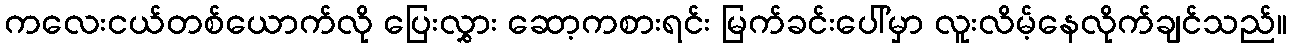
ကလေးငယ်တစ်ယောက်လို ပြေးလွှား ဆော့ကစားရင်း မြက်ခင်းပေါ်မှာ လူးလိမ့်နေလိုက်ချင်သည်။